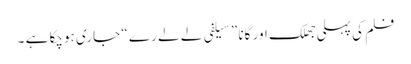
فلم کی پہلی جھلک اور گانا ” سیلفی لے لے رے “ جاری ہوچکا ہے ۔